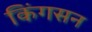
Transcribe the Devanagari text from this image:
किंगसन